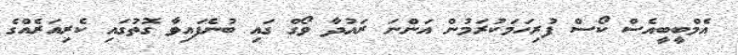
އެމްބީބީއެސް ކޯސް ފުރިހަމަކުރަމުން އަންނަ ރައުދާ ވޯގް ގައި ބުނެފައިވާ ގޮތުގައި ކެރިއަރެއްގެ